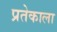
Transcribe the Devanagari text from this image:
प्रतेकाला